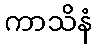
ကာသိနံ